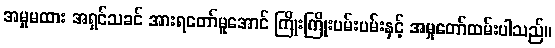
အမှုမထား အရှင်သခင် အားရတော်မူအောင် ကြိုးကြိုးပမ်းပမ်းနှင့် အမှုတော်ထမ်းပါသည်။